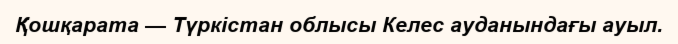
Қошқарата — Түркістан облысы Келес ауданындағы ауыл.